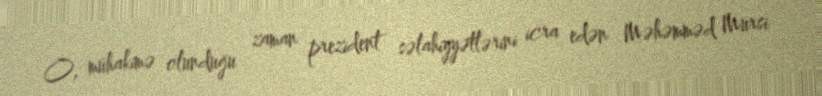
O, mühakimə olunduğu zaman prezident səlahiyyətlərini icra edən Məhəmməd Mursi